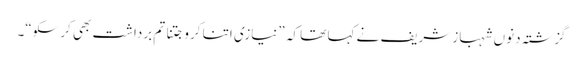
گزشتہ دنوں شہباز شریف نے کہا تھا کہ ”نیازی اتنا کرو جتنا تم برداشت بھی کرسکو“۔